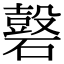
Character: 𥖗